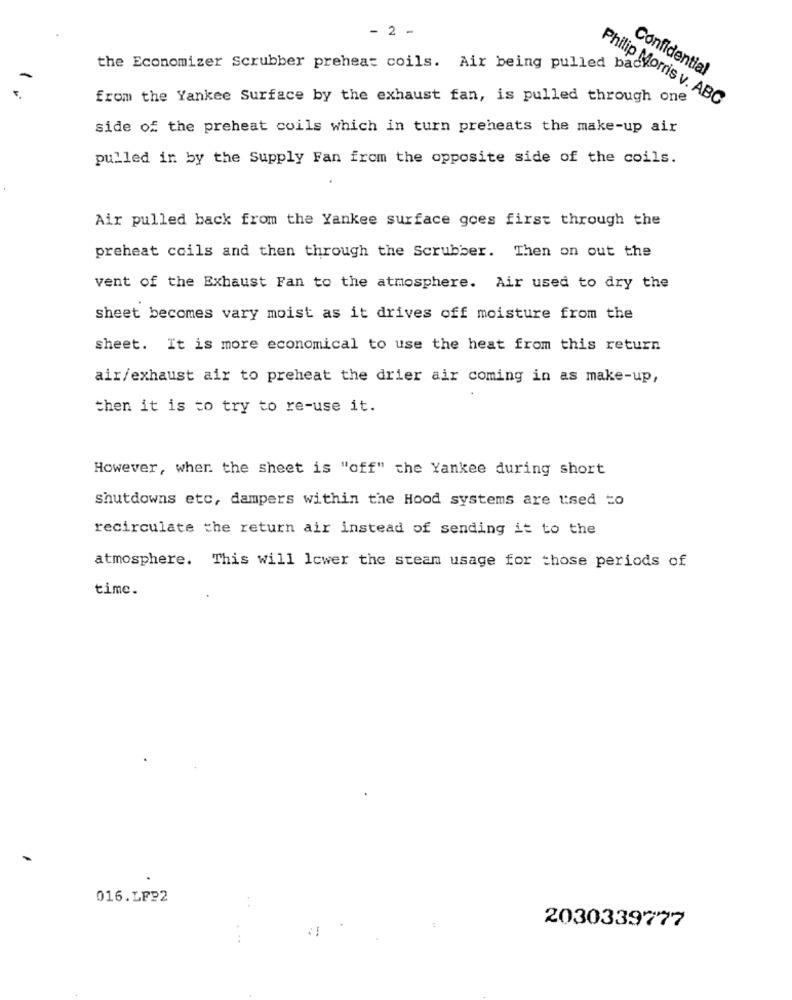
- 2 -
the Economizer Scrubber preheat coils. Air being pulled bad
Confidential
from the Yankee Surface by the exhaust fan, is pulled through one
Philip Morris v. ABC
side of the preheat coils which in turn preheats the make-up air
pulled in by the Supply Fan from the opposite side of the coils.
Air pulled back from the Yankee surface goes first through the
preheat coils and then through the Scrubber. Then on out the
vent of the Exhaust Fan to the atmosphere. Air used to dry the
sheet becomes vary moist as it drives off moisture from the
sheet. It is more economical to use the heat from this return
air/exhaust air to preheat the drier air coming in as make-up,
then it is to try to re-use it.
However, when the sheet is "off" the Yankee during short
shutdowns etc, dampers within the Hood systems are used to
recirculate the return air instead of sending it to the
atmosphere. This will lower the steam usage for those periods of
time.
016.LFP2
2030339777
...